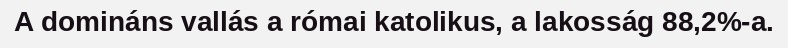
A domináns vallás a római katolikus, a lakosság 88,2%-a.